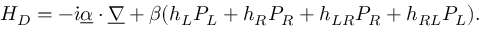
H _ { D } = - \dot { \imath } \underline { { { \alpha } } } \cdot \underline { { { \nabla } } } + \beta ( h _ { L } P _ { L } + h _ { R } P _ { R } + h _ { L R } P _ { R } + h _ { R L } P _ { L } ) .